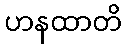
ဟနထာတိ